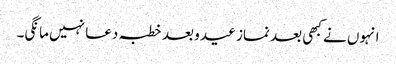
انہوں نے کبھی بعد نماز عید و بعد خطبہ دعا نہیں مانگی۔